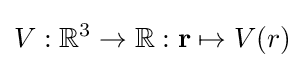
V:\mathbb {R} ^{3}\to \mathbb {R} :\mathbf {r} \mapsto V(r)